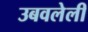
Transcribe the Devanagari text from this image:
उबवलेली